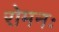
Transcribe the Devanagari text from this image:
रोमनः